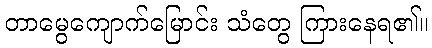
တာမွေကျောက်မြောင်း သံတွေ ကြားနေရ၏။